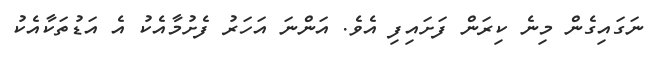
ނަގައިގެން މިނެ ކިރަން ފަށައިފި އެވެ. އަންނަ އަހަރު ފެށުމާއެކު އެ އަޑުތަކާއެކު